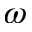
\omega